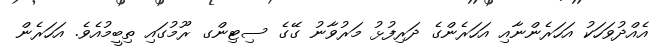
އެއްދުވަހަކު އަހަރެންނާއި އަހަރެންގެ ދަރިފުޅު މަރުވާނު ގޭގެ ސިޓިންގ ރޫމުގައި ތިބީމުއެވެ. އަހަރެން